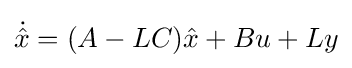
{\dot {\hat {x}}}=(A-LC){\hat {x}}+Bu+Ly